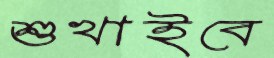
শুখাইবে